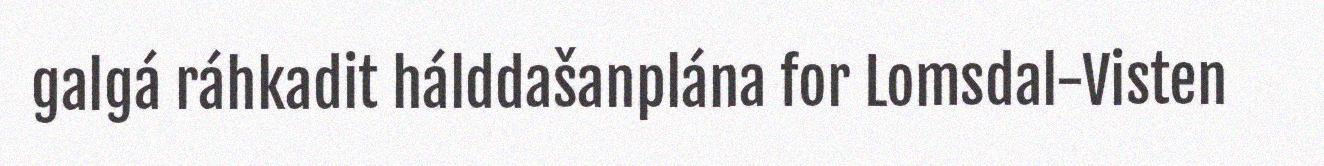
galgá ráhkadit hálddašanplána for Lomsdal-Visten